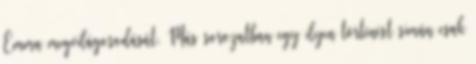
Emma megvilágosodását. Más sorozatban egy ilyen történést simán csak